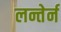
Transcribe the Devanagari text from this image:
लन्तेर्न